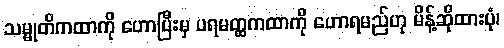
သမ္မုတိကထာကို ဟောပြီးမှ ပရမတ္ထကထာကို ဟောရမည်ဟု မိန့်ဆိုထားပုံ၊